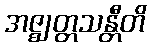
အဇ္ဈတ္တသန္တီတိ